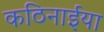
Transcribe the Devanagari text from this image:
कठिनाईया